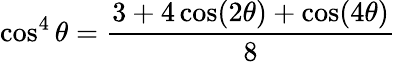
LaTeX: \cos^{4}\theta={\frac{3+4\cos(2\theta)+\cos(4\theta)}{8}}